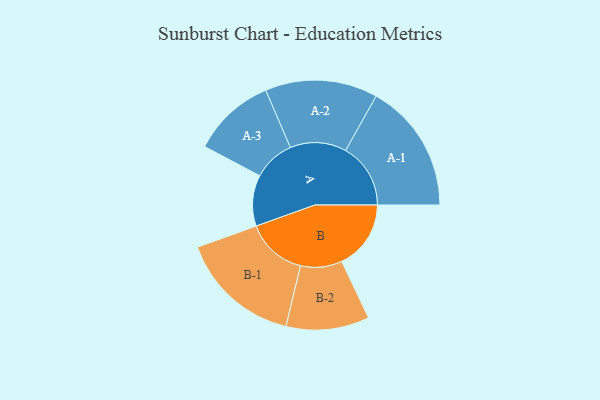
{"axis": {"x": "Segment", "y": "Value"}, "legend": ["", "A", "B"], "data": [{"x": "A", "y": 233, "type": ""}, {"x": "B", "y": 316, "type": ""}, {"x": "A-1", "y": 297, "type": "A"}, {"x": "A-2", "y": 257, "type": "A"}, {"x": "A-3", "y": 190, "type": "A"}, {"x": "B-1", "y": 278, "type": "B"}, {"x": "B-2", "y": 190, "type": "B"}]}